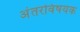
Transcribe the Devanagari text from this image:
अंतरविषयक